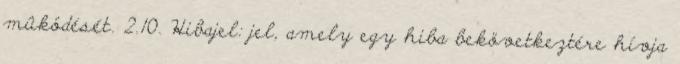
mûködését. 2.10. Hibajel: jel, amely egy hiba bekövetkeztére hívja